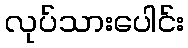
လုပ်သားပေါင်း